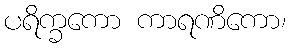
ပရိက္ခကော ကာရဏိကော၊